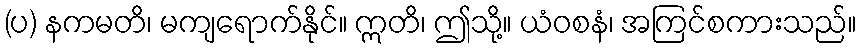
(ပ) နကမတိ၊ မကျရောက်နိုင်။ ဣတိ၊ ဤသို့။ ယံဝစနံ၊ အကြင်စကားသည်။